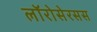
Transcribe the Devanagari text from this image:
लॉरोसेरसस